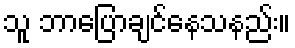
သူ ဘာပြောချင်နေသနည်း။